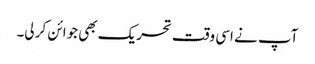
آپ نے اسی وقت تحریک بھی جوائن کر لی۔